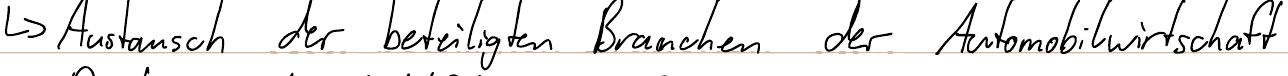
-> Austausch der beteiligten Branchen der Automobilwirtschaft